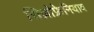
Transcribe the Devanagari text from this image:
सिज़ोफ्रेनियाव